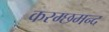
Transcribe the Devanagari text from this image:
करम्छमन्द